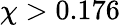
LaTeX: \chi>0.176